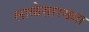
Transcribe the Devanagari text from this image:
लाळेसारख्या